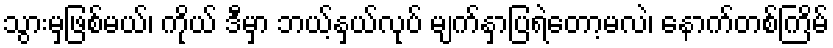
သွားမှဖြစ်မယ်၊ ကိုယ် ဒီမှာ ဘယ့်နှယ်လုပ် မျက်နှာပြရဲတော့မလဲ၊ နောက်တစ်ကြိမ်